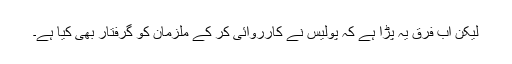
لیکن اب فرق یہ پڑا ہے کہ پولیس نے کارروائی کر کے ملزمان کو گرفتار بھی کیا ہے۔